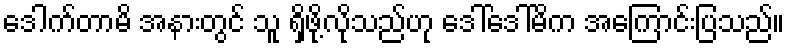
ဒေါက်တာမိ အနားတွင် သူ ရှိဖို့လိုသည်ဟု ဒေါ်ဒေါ်မိက အကြောင်းပြသည်။